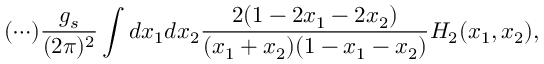
( \cdots ) \frac { g _ { s } } { ( 2 \pi ) ^ { 2 } } \int d x _ { 1 } d x _ { 2 } \frac { 2 ( 1 - 2 x _ { 1 } - 2 x _ { 2 } ) } { ( x _ { 1 } + x _ { 2 } ) ( 1 - x _ { 1 } - x _ { 2 } ) } H _ { 2 } ( x _ { 1 } , x _ { 2 } ) ,